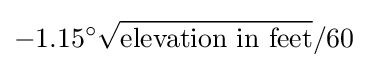
-1.15^{\circ }{\sqrt {\text{elevation in feet}}}/60